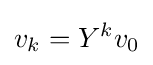
v_{k}=Y^{k}v_{0}